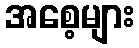
အစေ့များ